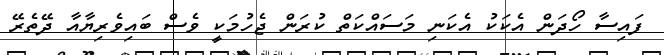
ފައިސާ ހޯދަން އެކަކު އެކަނި މަސައްކަތް ކުރަން ޖެހުމަކީ ވެސް ބައިވެރިޔާއާ ދޭތެރޭ